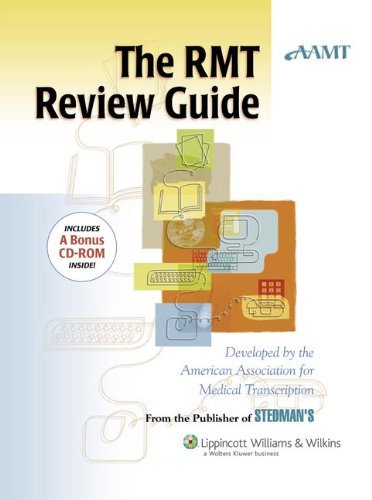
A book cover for The AAMT RMT Review Guide [Paperback] [2006] (Author) American Association for Medical Transcription (AAMT); Medical Books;